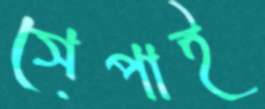
সেপাই